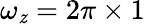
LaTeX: \omega_{\mathit{z}}=2\pi\times1